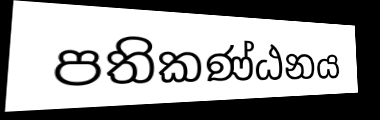
පතිකණ්ඨනය